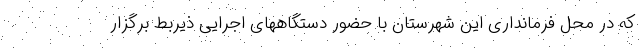
که در محل فرمانداری این شهرستان با حضور دستگاههای اجرایی ذیربط برگزار